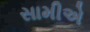
સામીએ